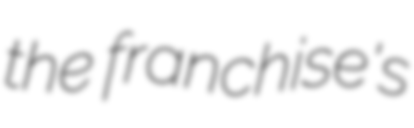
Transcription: the franchise's